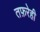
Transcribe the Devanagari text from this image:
तफ़रेही